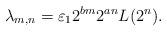
LaTeX: \begin{align*}\lambda_{m,n}=\varepsilon_{1}2^{bm} 2^{an}L(2^{n}).\end{align*}